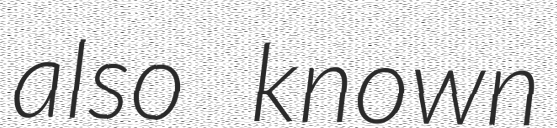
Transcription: also known